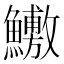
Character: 𬵶